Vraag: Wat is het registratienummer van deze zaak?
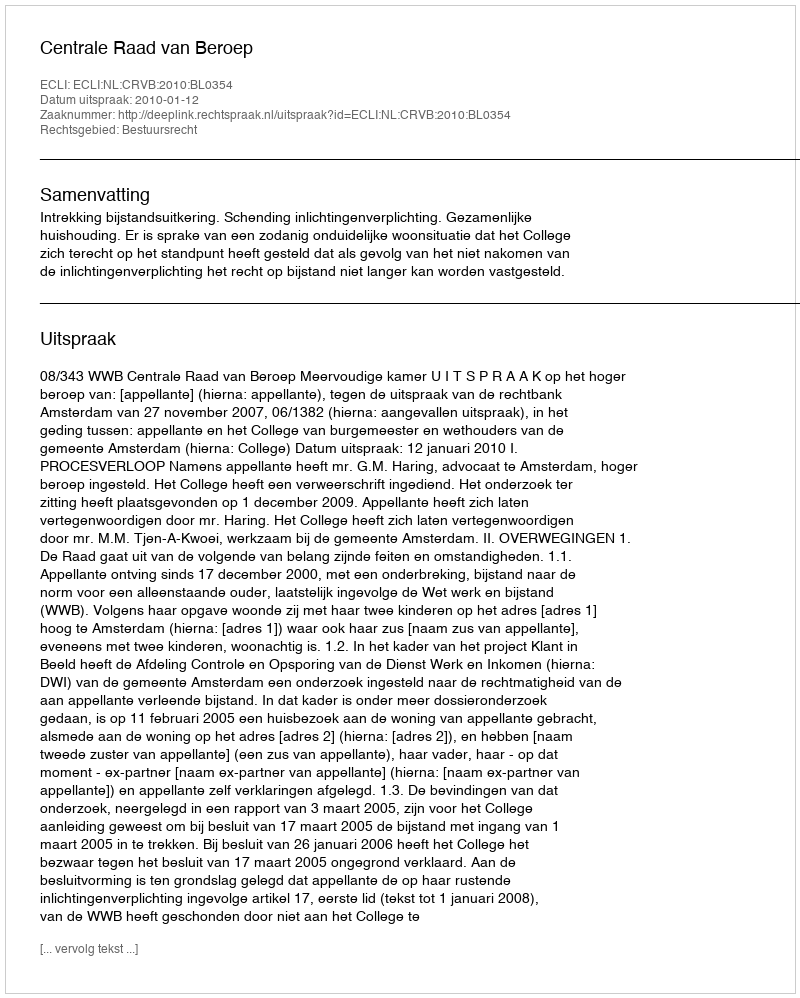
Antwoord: http://deeplink.rechtspraak.nl/uitspraak?id=ECLI:NL:CRVB:2010:BL0354